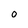
Character: O